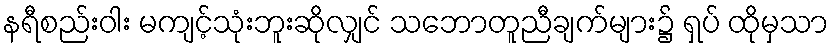
နရီစည်းဝါး မကျင့်သုံးဘူးဆိုလျှင် သဘောတူညီချက်များ၌ ရှပ် ထိုမှသာ